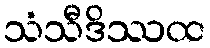
သံသီဒိဿထ